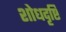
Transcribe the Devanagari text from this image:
शोधदृष्टि